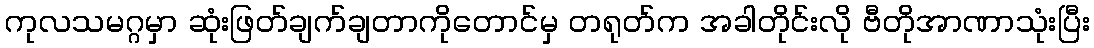
ကုလသမဂ္ဂမှာ ဆုံးဖြတ်ချက်ချတာကိုတောင်မှ တရုတ်က အခါတိုင်းလို ဗီတိုအာဏာသုံးပြီး